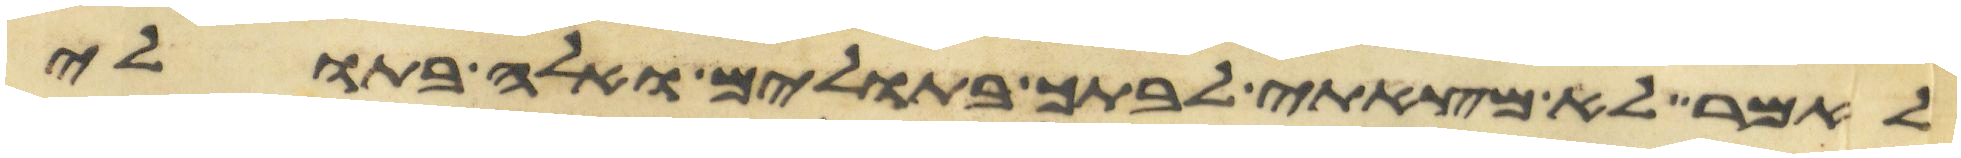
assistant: לאמר לא מצאתי לבתך בתולים ואלה בתולי